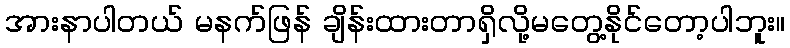
အားနာပါတယ် မနက်ဖြန် ချိန်းထားတာရှိလို့မတွေ့နိုင်တော့ပါဘူး။